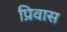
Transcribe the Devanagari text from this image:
प्रिवास